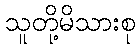
သူတို့မိသားစု